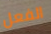
الفعل